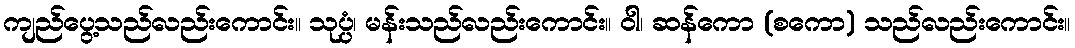
ကျည်ပွေ့သည်လည်းကောင်း။ သုပ္ပံ၊ မန်းသည်လည်းကောင်း။ ဝါ၊ ဆန်ကော (စကော) သည်လည်းကောင်း။